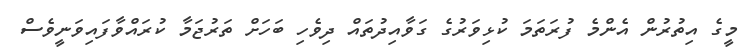
މީގެ އިތުރުން އެންމެ ފުރަތަމަ ކުޅިވަރުގެ ގަވާއިދުތައް ދިވެހި ބަހަށް ތަރުޖަމާ ކުރައްވާފައިވަނީވެސް